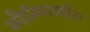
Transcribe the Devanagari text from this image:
कौतिकाबाईंना